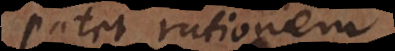
patet rationem